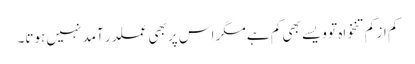
کم از کم تنخواہ تو ویسے بھی کم ہے مگر اس پر بھی عملدر آمد نہیں ہوتا۔